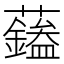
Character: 𧄭